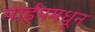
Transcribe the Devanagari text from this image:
पाईपमधून